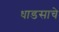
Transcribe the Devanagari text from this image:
धाडसाचे